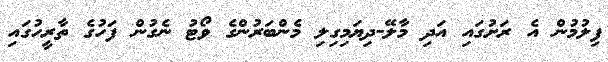
ފިލުމުން އެ ރަށުގައި އަދި މާލޭ-ދިޔަމިގިލި މެންބަރުންގެ ވޯޓު ނެގުން ފަހުގެ ތާރީހުގައި